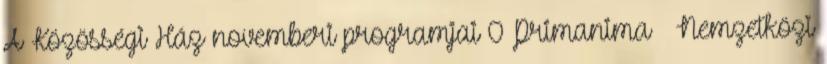
A Közösségi Ház novemberi programjai 0 Primanima – Nemzetközi